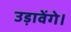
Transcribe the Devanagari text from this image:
उड़ावेंगे।